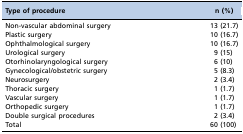
<table><thead><tr><td><b>Type of procedure</b></td><td><b>n (%)</b></td></tr></thead><tbody><tr><td>Non-vascular abdominal surgery</td><td>13 (21.7)</td></tr><tr><td>Plastic surgery</td><td>10 (16.7)</td></tr><tr><td>Ophthalmological surgery</td><td>10 (16.7)</td></tr><tr><td>Urological surgery</td><td>9 (15)</td></tr><tr><td>Otorhinolaryngological surgery</td><td>6 (10)</td></tr><tr><td>Gynecological/obstetric surgery</td><td>5 (8.3)</td></tr><tr><td>Neurosurgery</td><td>2 (3.4)</td></tr><tr><td>Thoracic surgery</td><td>1 (1.7)</td></tr><tr><td>Vascular surgery</td><td>1 (1.7)</td></tr><tr><td>Orthopedic surgery</td><td>1 (1.7)</td></tr><tr><td>Double surgical procedures</td><td>2 (3.4)</td></tr><tr><td>Total</td><td>60 (100)</td></tr></tbody></table>